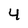
Character: 4